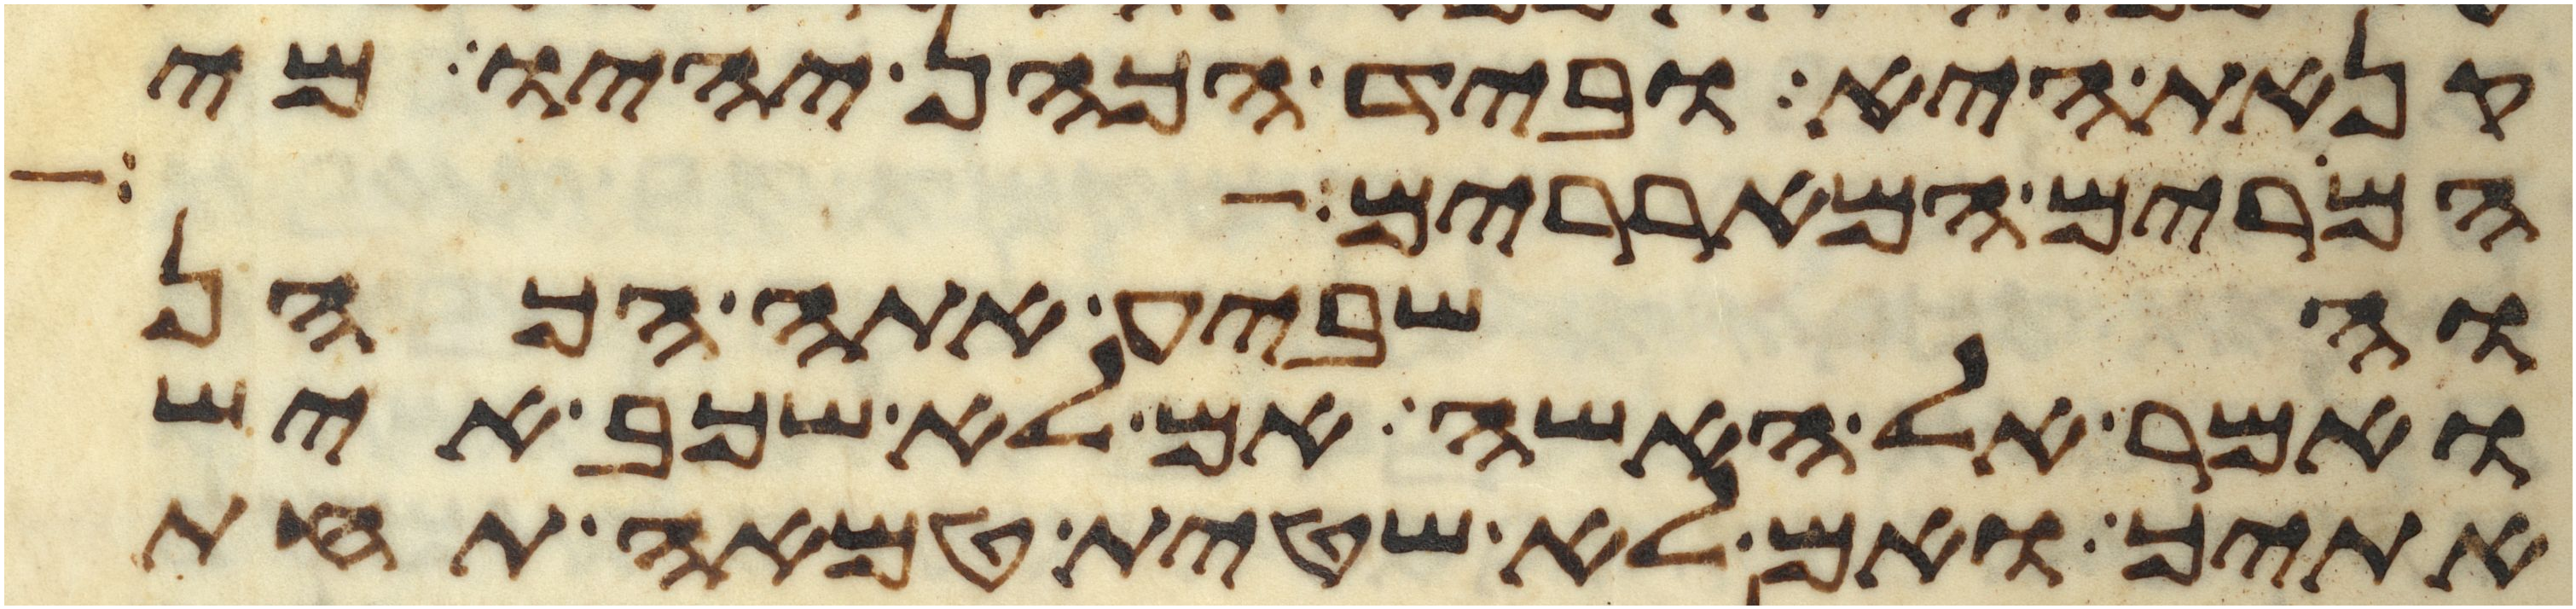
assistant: קנאת היא וביד הכהן יהיו מי
המרים המאררים
והשביע אתה הכהן
ואמר אל האשה אם לא שכב איש
אתיך ואם לא שטית טמאה תחת